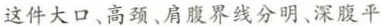
这件大口、高颈、肩腹界线分明、深腹平